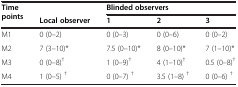
| <ROWSPAN=2> Time points |  | <COLSPAN=3> Blinded observers |
 | Local observer | 1 | 2 | 3 |
 | --- | --- | --- | --- | --- |
 | M1 | 0 (0–2) | 0 (0–3) | 0 (0–6) | 0 (0–2) |
 | M2 | 7 (3–10)* | 7.5 (0–10)* | 8 (0–10)* | 7 (1–10)* |
 | M3 | 0 (0–8)† | 1 (0–9)† | 4 (1–10)† | 0.5 (0–8)† |
 | M4 | 1 (0–5) † | 0 (0–7) † | 3.5 (1–8) † | 0 (0–6) † |